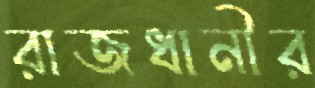
রাজধানীর